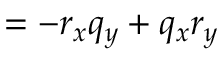
= - r _ { x } q _ { y } + q _ { x } r _ { y }